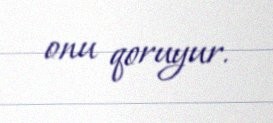
onu qoruyur.